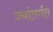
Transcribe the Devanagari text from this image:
ज्यांतर्गत